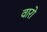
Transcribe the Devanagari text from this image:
वारो